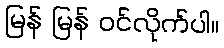
မြန် မြန် ဝင်လိုက်ပါ။